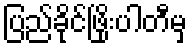
ပြည်ခိုင်ဖြိုးပါတီမှ